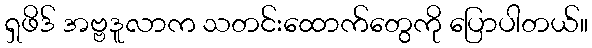
ရှဖိဒ် အဗ္ဗဒူလာက သတင်းထောက်တွေကို ပြောပါတယ်။